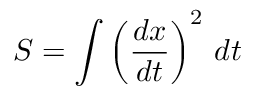
S = \int \left( { \frac { d x } { d t } } \right) ^ { 2 } \, d t